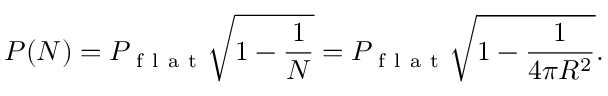
P ( N ) = P _ { \mathrm { ~ f ~ l ~ a ~ t ~ } } \sqrt { 1 - \frac { 1 } { N } } = P _ { \mathrm { ~ f ~ l ~ a ~ t ~ } } \sqrt { 1 - \frac { 1 } { 4 \pi R ^ { 2 } } } .